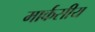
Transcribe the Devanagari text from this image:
मार्कसीय